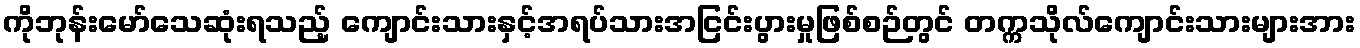
ကိုဘုန်းမော်သေဆုံးရသည့် ကျောင်းသားနှင့်အရပ်သားအငြင်းပွားမှုဖြစ်စဉ်တွင် တက္ကသိုလ်ကျောင်းသားများအား